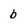
Character: b